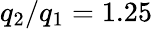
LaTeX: q_{2}/q_{1}=1.25